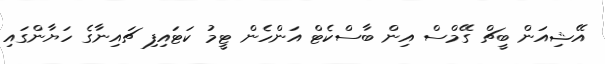
އޭޝިއަން ބީޗް ގޭމްސް އިން ބާސްކެޓް އަންހެން ޓީމު ކަޓައިފި ޗައިނާގެ ހަޔާންގައި